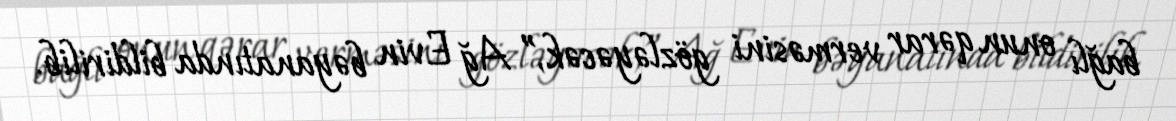
bağlı onun qərar verməsini gözləyəcək,” Ağ Evin bəyanatında bildirilib.